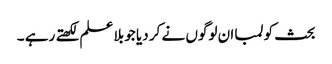
بحث کو لمبا ان لوگوں نے کر دیا جو بلا علم لکھتے رہے ۔